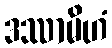
ဒဿာမိဟံ